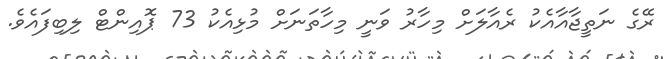
ރޭގެ ނަތީޖާއާއެކު ރެއާލަށް މިހާރު ވަނީ މިހާތަނަށް މުޅިއެކު 73 ޕޮއިންޓް ލިބިފައެވެ.